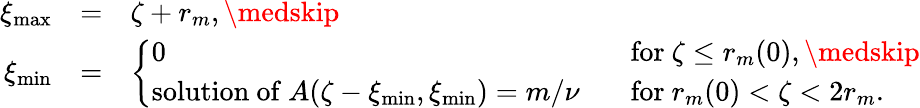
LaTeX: \begin{array}{rll}{\xi_{\operatorname*{max}}}&{=}&{\zeta+r_{m},\medskip}\\ {\xi_{\operatorname*{min}}}&{=}&{\left\{ \begin{array}{ll}{0}&{\mathrm{~for~}\zeta\leq r_{m}(0),\medskip}\\ {\mathrm{solution~of~}A(\zeta-\xi_{\operatorname*{min}},\xi_{\operatorname*{min}})=m/\nu\; \; }&{\mathrm{~for~}r_{m}(0)<\zeta<2r_{m}.}\end{array}\right.}\end{array}